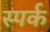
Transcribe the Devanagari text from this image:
स्पर्क